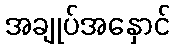
အချုပ်အနှောင်